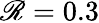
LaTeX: \mathscr{R}=0.3